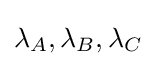
\lambda _{A},\lambda _{B},\lambda _{C}